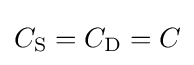
C_{\rm {S}}=C_{\rm {D}}=C